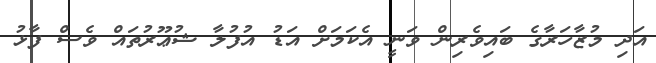
އަދި މުޒާހަރާގެ ބައިވެރިން ވަނީ އެކަމަށް އަޑު އުފުލާ ޝުޢޫރުތައް ވެސް ފާޅު